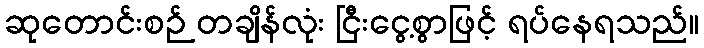
ဆုတောင်းစဉ် တချိန်လုံး ငြီးငွေ့စွာဖြင့် ရပ်နေရသည်။